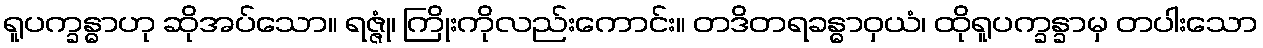
ရူပက္ခန္ဓာဟု ဆိုအပ်သော။ ရဇ္ဇုံ၊ ကြိုးကိုလည်းကောင်း။ တဒိတရခန္ဓာဝှယံ၊ ထိုရူပက္ခန္ခာမှ တပါးသော